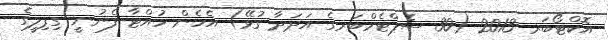
އޮކްޓޯބަރ 2013 (30 ސެޕްޓެމްބަރގެ އަދަދާ ގުޅޭ) އެހެން ހުއްޓާ ފެނުނީ ގިފިލީގެ